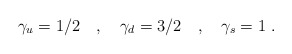
\begin{align*}\gamma_u = 1/2 \quad , \quad \gamma_d = 3/2 \quad , \quad\gamma_s = 1~.\end{align*}